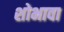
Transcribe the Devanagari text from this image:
शोभावा